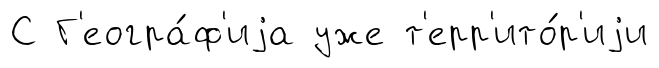
С Г'еогра́ф'иjа уже т'ерр'ито́р'иjи